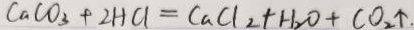
C a C O _ { 3 } + 2 H C l _ { 2 } = C a C _ { 2 } + H _ { 2 } O + C O _ { 2 } \uparrow .